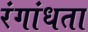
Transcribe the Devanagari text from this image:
रंगांधता